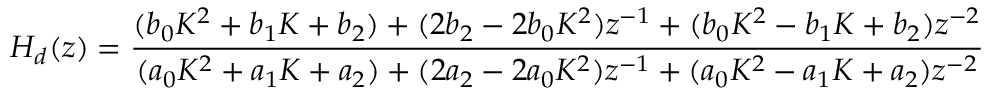
H _ { d } ( z ) = { \frac { ( b _ { 0 } K ^ { 2 } + b _ { 1 } K + b _ { 2 } ) + ( 2 b _ { 2 } - 2 b _ { 0 } K ^ { 2 } ) z ^ { - 1 } + ( b _ { 0 } K ^ { 2 } - b _ { 1 } K + b _ { 2 } ) z ^ { - 2 } } { ( a _ { 0 } K ^ { 2 } + a _ { 1 } K + a _ { 2 } ) + ( 2 a _ { 2 } - 2 a _ { 0 } K ^ { 2 } ) z ^ { - 1 } + ( a _ { 0 } K ^ { 2 } - a _ { 1 } K + a _ { 2 } ) z ^ { - 2 } } }